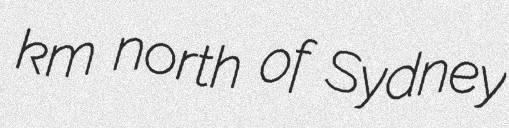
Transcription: km north of Sydney